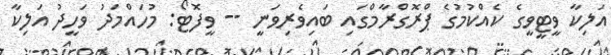
އަލިކާ ވީޓީވީގެ ކެއްކުމުގެ ޕްރޮގްރާމްގައި ބައިވެރިވަނީ -- ވީފޮޓޯ: މުހައްމަދު ވަހީދު އަލިކާ